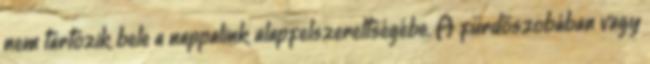
nem tartozik bele a nappalink alapfelszereltségébe. A fürdőszobában vagy